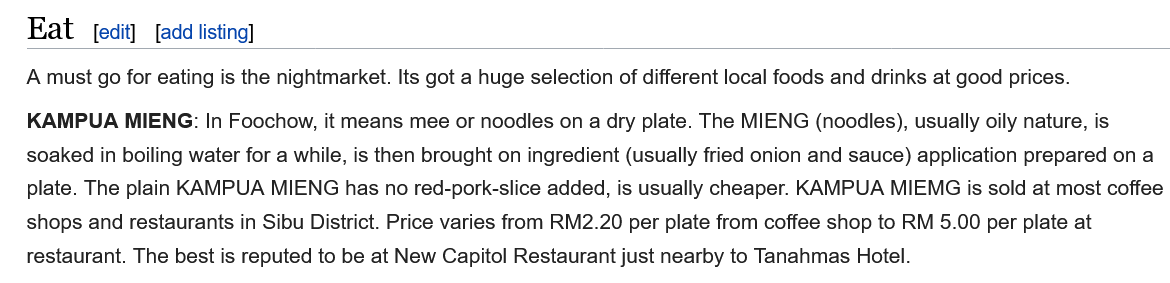
Eat    [add listing]
   A must go for eating is the nightmarket. Its got a huge selection of different local foods and drinks at good prices.
   KAMPUA MIENG:   In Foochow, it means mee or noodles on
  a
     dry  plate. The MIENG (noodles), usually oily nature, is
   soaked in boiling water for a while, is then brought on ingredient (usually fried onion and sauce) application prepared on a
   plate. The plain KAMPUA MIENG has no red-pork-slice added, is usually cheaper. KAMPUA MIEMG is sold at most coffee
   shops and restaurants in Sibu District. Price varies from RM2.20 per plate from coffee shop to RM 5.00 per plate at
   restaurant. The best is reputed to be at New Capitol Restaurant just nearby to Tanahmas Hotel.